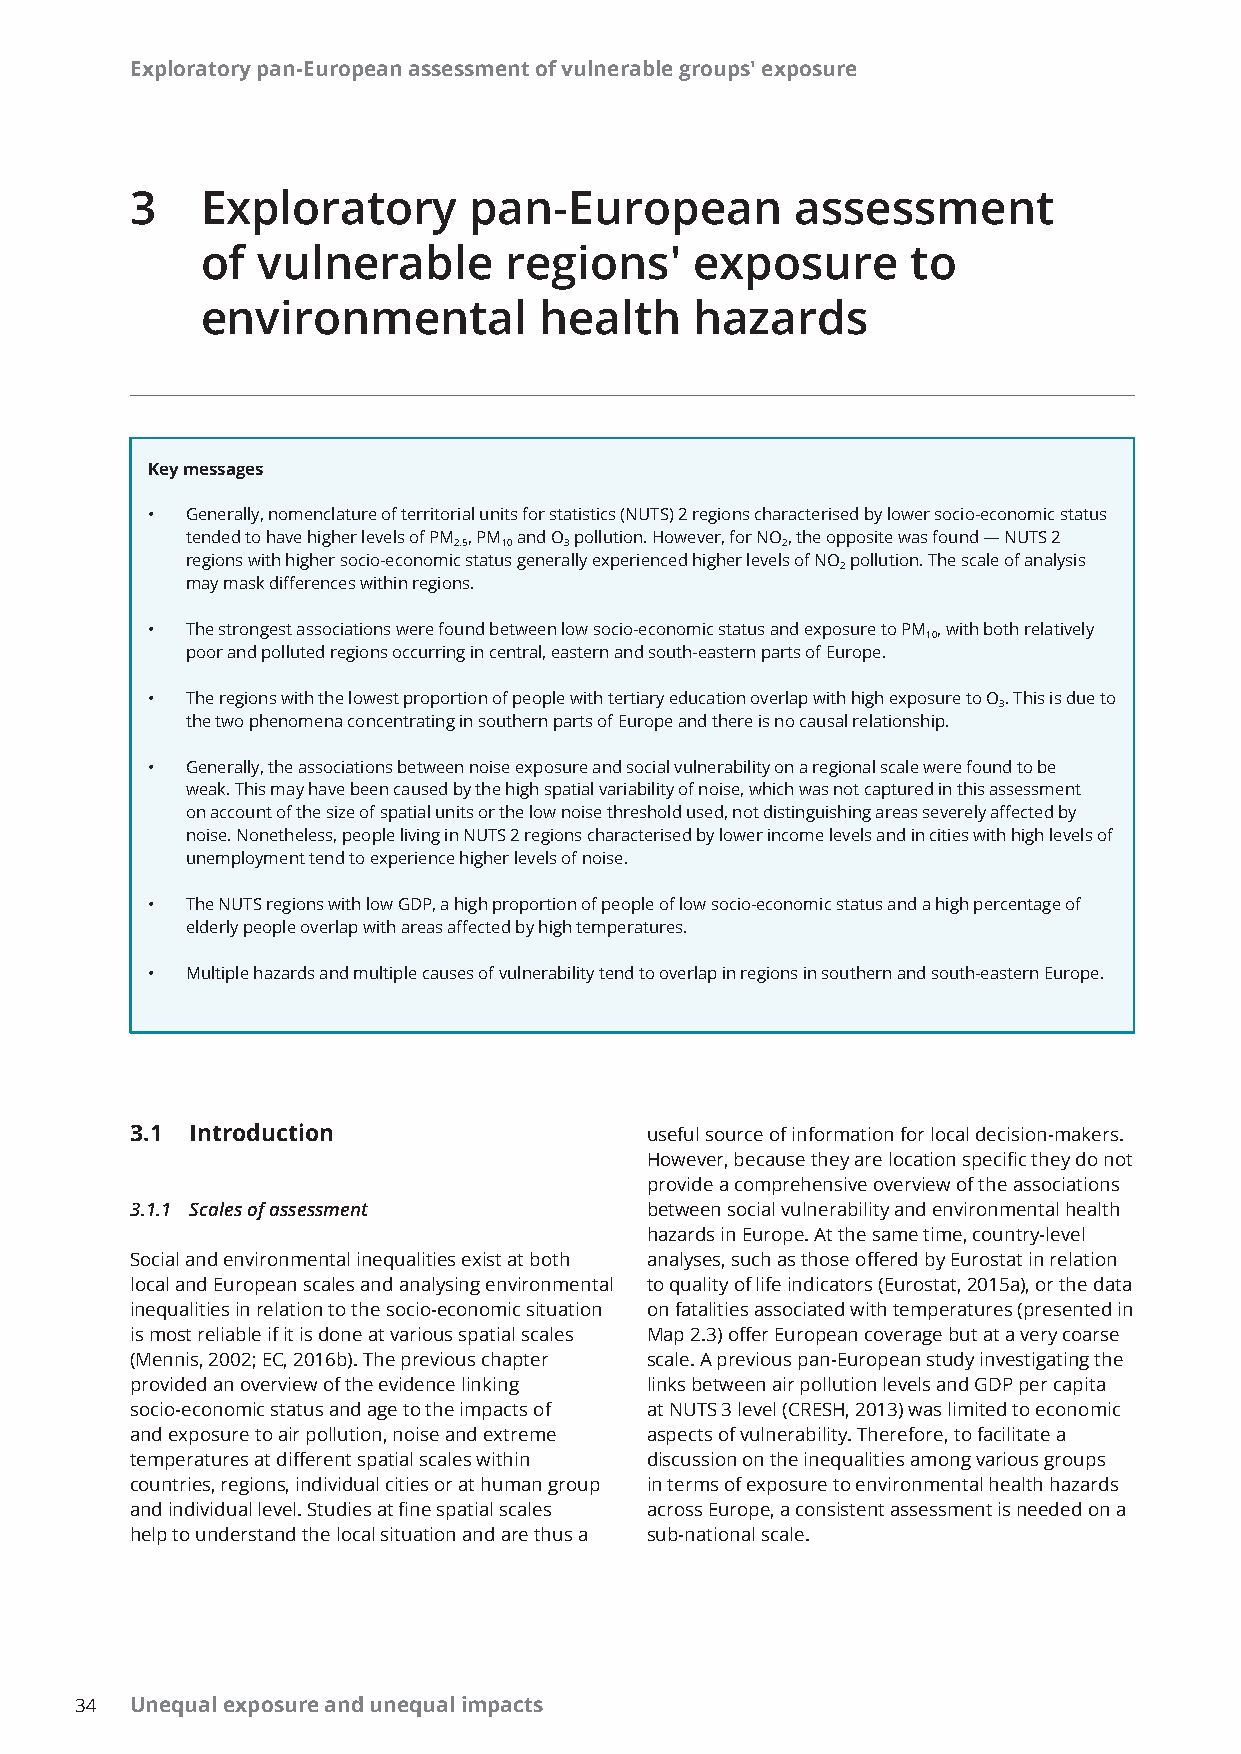
EExxpplloorraattoorryy ppaann--EEuurrooppeeaann aasssseessssmmeenntt ooff vvuullnneerraabbllee ggrroouuppss'' eexxppoossuurree
 3   Exploratory       pan-European          assessment
 of  vulnerable      regions'     exposure      to
 environmental          health    hazards
 Key messages
 • Generally, nomenclature of territorial units for statistics (NUTS) 2 regions characterised by lower socio-economic status
 tended to have higher levels of PM , PM and O pollution. However, for NO, the opposite was found — NUTS 2
 2.5 10 3              2
 regions with higher socio-economic status generally experienced higher levels of NO pollution. The scale of analysis
 2
 may mask differences within regions.
 • The strongest associations were found between low socio-economic status and exposure to PM , with both relatively
 10
 poor and polluted regions occurring in central, eastern and south-eastern parts of Europe.
 • The regions with the lowest proportion of people with tertiary education overlap with high exposure to O. This is due to
 3
 the two phenomena concentrating in southern parts of Europe and there is no causal relationship.
 • Generally, the associations between noise exposure and social vulnerability on a regional scale were found to be
 weak. This may have been caused by the high spatial variability of noise, which was not captured in this assessment
 on account of the size of spatial units or the low noise threshold used, not distinguishing areas severely affected by
 noise. Nonetheless, people living in NUTS 2 regions characterised by lower income levels and in cities with high levels of
 unemployment tend to experience higher levels of noise.
 • The NUTS regions with low GDP, a high proportion of people of low socio-economic status and a high percentage of
 elderly people overlap with areas affected by high temperatures.
 • Multiple hazards and multiple causes of vulnerability tend to overlap in regions in southern and south-eastern Europe.
 3.1 Introduction                  useful source of information for local decision-makers.
 However, because they are location specific they do not
 provide a comprehensive overview of the associations
 3.1.1 Scales of assessment        between social vulnerability and environmental health
 hazards in Europe. At the same time, country-level
 Social and environmental inequalities exist at both analyses, such as those offered by Eurostat in relation
 local and European scales and analysing environmental to quality of life indicators (Eurostat, 2015a), or the data
 inequalities in relation to the socio-economic situation on fatalities associated with temperatures (presented in
 is most reliable if it is done at various spatial scales Map 2.3) offer European coverage but at a very coarse
 (Mennis, 2002; EC, 2016b). The previous chapter scale. A previous pan-European study investigating the
 provided an overview of the evidence linking links between air pollution levels and GDP per capita
 socio-economic status and age to the impacts of at NUTS 3 level (CRESH, 2013) was limited to economic
 and exposure to air pollution, noise and extreme aspects of vulnerability. Therefore, to facilitate a
 temperatures at different spatial scales within discussion on the inequalities among various groups
 countries, regions, individual cities or at human group in terms of exposure to environmental health hazards
 and individual level. Studies at fine spatial scales across Europe, a consistent assessment is needed on a
 help to understand the local situation and are thus a sub-national scale.
 3344 Unequal exposure and unequal impacts